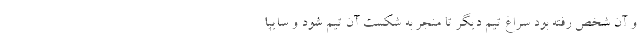
و آن شخص رفته بود سراغ تیم دیگر تا منجر به شکست آن تیم شود و سایپا